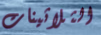
الثلاثينات